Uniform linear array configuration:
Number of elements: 24
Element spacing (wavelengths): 0.75
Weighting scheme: uniform
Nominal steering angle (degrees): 45
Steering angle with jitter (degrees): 44.0
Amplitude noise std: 0.05
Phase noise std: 0.05

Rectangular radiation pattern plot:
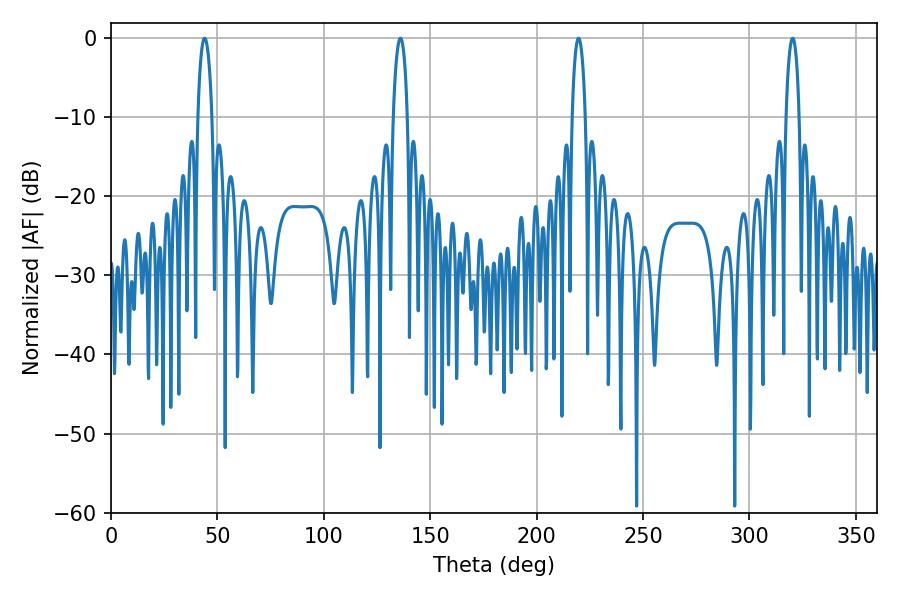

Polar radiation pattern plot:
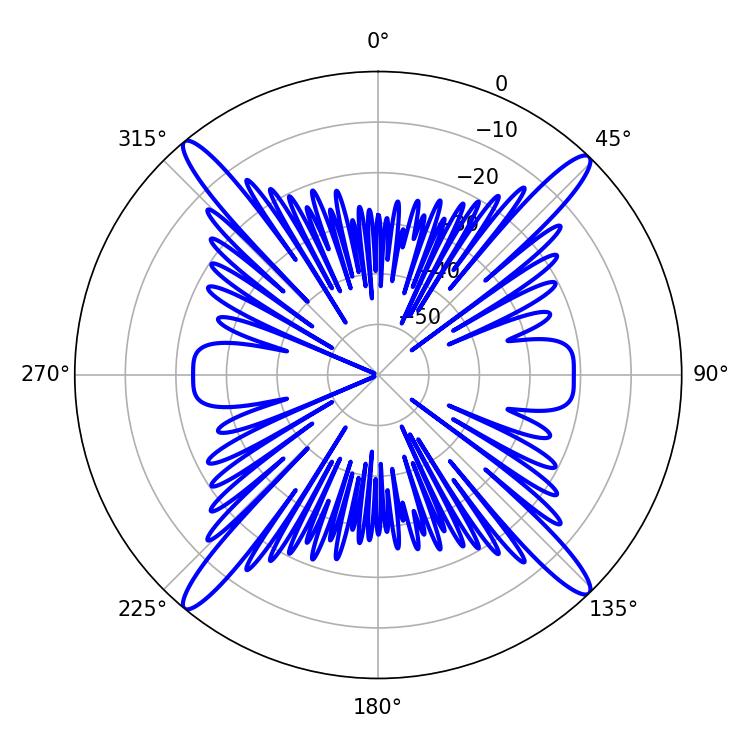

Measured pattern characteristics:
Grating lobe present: TRUE
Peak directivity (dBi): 21.037
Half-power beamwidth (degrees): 3.78
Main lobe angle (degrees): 43.92